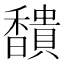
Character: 𩡞